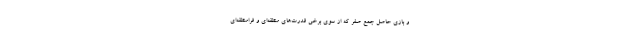
و بازی حاصل جمع صفر که از سوی برخی قدرت‌های منطقه‌ای و فرامنطقه‌ای